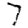
Digit: 7